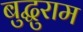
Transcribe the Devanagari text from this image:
बुद्धुराम